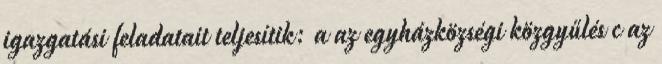
igazgatási feladatait teljesítik: a az egyházközségi közgyűlés c az